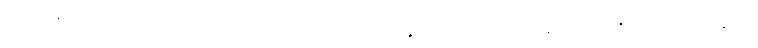
ဧဝမာဒီဟိပိ ကာရဏေဟိ ဗုဒ္ဓေါ။ ဣမဿ စ ပနတ္ထဿ ဝိညာပနတ္ထံ “ဗုဇ္ဈိတာ သစ္စာနီတိ